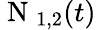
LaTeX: \mathrm{~N~}_{1,2}(t)